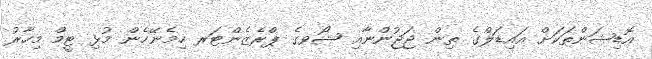
އޮޑިޝަންތަކަށް އައިޑަލްގެ ތިން ޖަޖުންނާއި ޝޯވގެ ޕްރެޒެންޓަރ ހިމެނޭހެން މުޅި ޓީމް މިހާރު